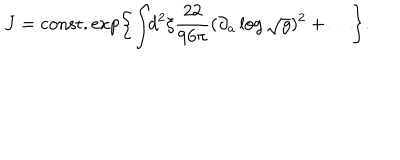
J = \mathrm { c o n s t . } \exp \left\{ \int \! \! d ^ { 2 } \xi \frac { 2 2 } { 9 6 \pi } ( \partial _ { a } \log \sqrt { g } ) ^ { 2 } + \ldots \right\} .